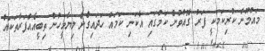
މައުމޫން ކުރިކަމަކީ ފަރު ގޮއްވުން ކަމުގައި އެކަނި ކަމައް ހަދައިގެން ލިޔާމީހުން ތިބީއެއްފަރާތަކައް